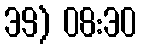
39) 08:30